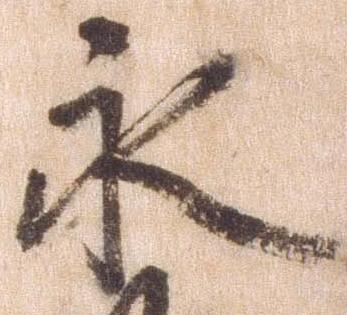
永